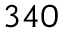
\leavevmode { 3 4 0 }